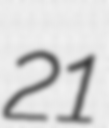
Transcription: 21